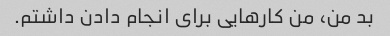
بد من، من کارهایی برای انجام دادن داشتم.